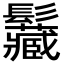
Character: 𩰅